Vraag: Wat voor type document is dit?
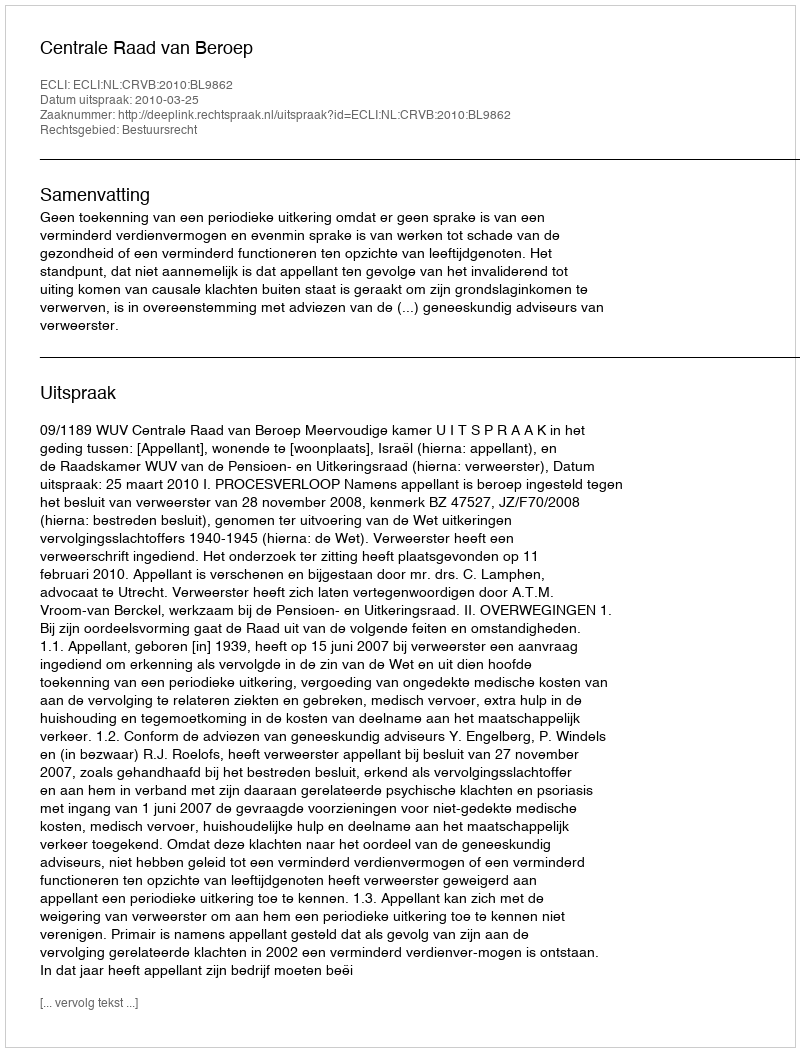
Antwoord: Uitspraak